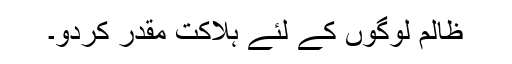
ظالم لوگوں کے لئے ہلاکت مقدر کردو۔